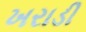
ખરાડી